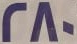
280